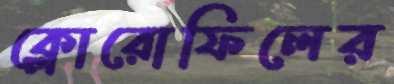
ক্লোরোফিলের